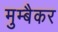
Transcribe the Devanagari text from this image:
मुम्बैकर